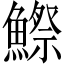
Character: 鰶